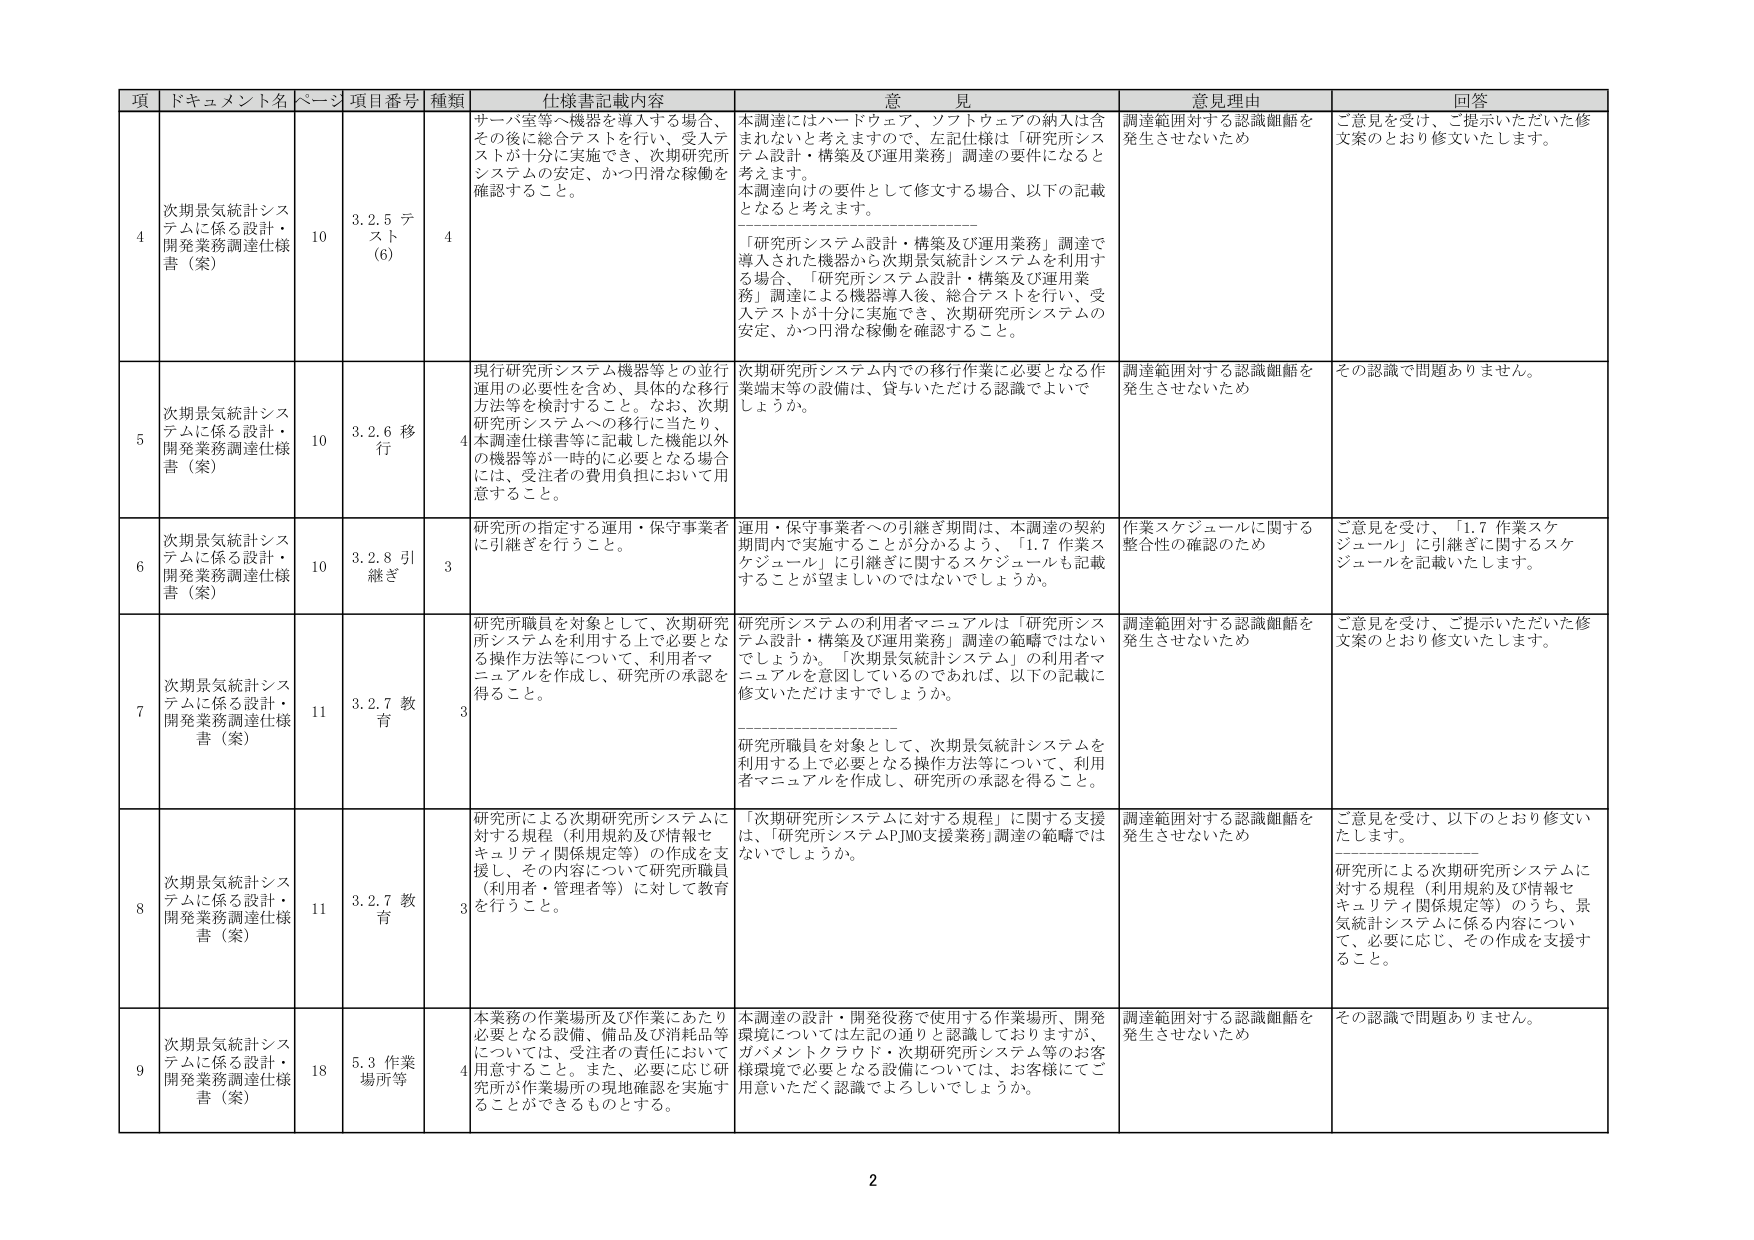
項 ドキュメント名 ページ 項目番号 種類 仕様書記載内容 意見 意見理由 回答
4 次期景気統計システムに係る設計・開発業務調達仕様書（案） 10 3.2.5 テスト（6） 4 サーバ室等へ機器を導入する場合、その後に総合テストを行い、受入テストが十分に実施でき、次期研究所システムの安定、かつ円滑な稼働を確認すること。 本調達にはハードウェア、ソフトウェアの納入は含まれないと考えますので、左記仕様は「研究所システム設計・構築及び運用業務」調達の要件になると考えます。 本調達向けの要件として修文する場合、以下の記載となると考えます。 「研究所システム設計・構築及び運用業務」調達で導入された機器から次期景気統計システムを利用する場合、「研究所システム設計・構築及び運用業務」調達による機器導入後、総合テストを行い、受入テストが十分に実施でき、次期研究所システムの安定、かつ円滑な稼働を確認すること。 調達範囲に対する認識齟齬を発生させないため ご意見を受け、ご提示いただいた修文案のとおり修文いたします。
5 次期景気統計システムに係る設計・開発業務調達仕様書（案） 10 3.2.6 移行 4 現行研究所システム機器等との並行運用の必要性を含め、具体的な移行方法等を検討すること。なお、次期研究所システムへの移行に当たり、本調達仕様書等に記載した機能以外の機器等が一時的に必要となる場合には、受注者の費用負担において用意すること。 次期研究所システム内での移行作業に必要となる作業端末等の設備は、貸与いただける認識でよいでしょうか。 調達範囲に対する認識齟齬を発生させないため その認識で問題ありません。
6 次期景気統計システムに係る設計・開発業務調達仕様書（案） 10 3.2.8 引継ぎ 3 研究所の指定する運用・保守事業者に引継ぎを行うこと。 運用・保守事業者への引継ぎ期間は、本調達の契約期間内で実施することが分かるよう、「1.7 作業スケジュール」に引継ぎに関するスケジュールも記載することが望ましいのではないでしょうか。 作業スケジュールに関する整合性の確認のため ご意見を受け、「1.7 作業スケジュール」に引継ぎに関するスケジュールを記載いたします。
7 次期景気統計システムに係る設計・開発業務調達仕様書（案） 11 3.2.7 教育 3 研究所職員を対象として、次期研究所システムを利用する上で必要となる操作方法等について、利用者マニュアルを作成し、研究所の承認を得ること。 研究所システムの利用者マニュアルは「研究所システム設計・構築及び運用業務」調達の範疇ではないでしょうか。「次期景気統計システム」の利用者マニュアルを意図しているのであれば、以下の記載に修文いただけますでしょうか。 研究所職員を対象として、次期景気統計システムを利用する上で必要となる操作方法等について、利用者マニュアルを作成し、研究所の承認を得ること。 調達範囲に対する認識齟齬を発生させないため ご意見を受け、ご提示いただいた修文案のとおり修文いたします。
8 次期景気統計システムに係る設計・開発業務調達仕様書（案） 11 3.2.7 教育 3 研究所による次期研究所システムに対する規程（利用規約及び情報セキュリティ関係規定等）の作成を支援し、その内容について研究所職員（利用者・管理者等）に対して教育を行うこと。 「次期研究所システムに対する規程」に関する支援は、「研究所システムPJMO支援業務」調達の範疇ではないでしょうか。 調達範囲に対する認識齟齬を発生させないため ご意見を受け、以下のとおり修文いたします。 研究所による次期研究所システムに対する規程（利用規約及び情報セキュリティ関係規定等）のうち、景気統計システムに係る内容について、必要に応じ、その作成を支援すること。
9 次期景気統計システムに係る設計・開発業務調達仕様書（案） 18 5.3 作業場所等 4 本業務の作業場所及び作業にあたり必要となる設備、備品及び消耗品等については、受注者の責任において用意すること。また、必要に応じ研究所が作業場所の現地確認を実施することができるものとする。 本調達の設計・開発役務で使用する作業場所、開発環境については左記の通りと認識しておりますが、ガバメントクラウド・次期研究所システム等のお客様環境で必要となる設備については、お客様にてご用意いただく認識でよろしいでしょうか。 調達範囲に対する認識齟齬を発生させないため その認識で問題ありません。
2